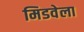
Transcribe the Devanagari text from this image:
मिडवेला